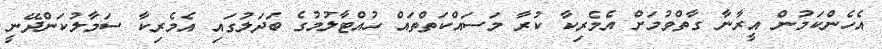
އެހެންކަމުން އީރާނާ ގާތްވުމަށް އެމެރިކާ ކުރާ މަސައްކަތްތައް ހުއްޓާލުމުގެ ބަދަލުގައި އެމެރިކާ ސަމާލުކަންދޭނީ